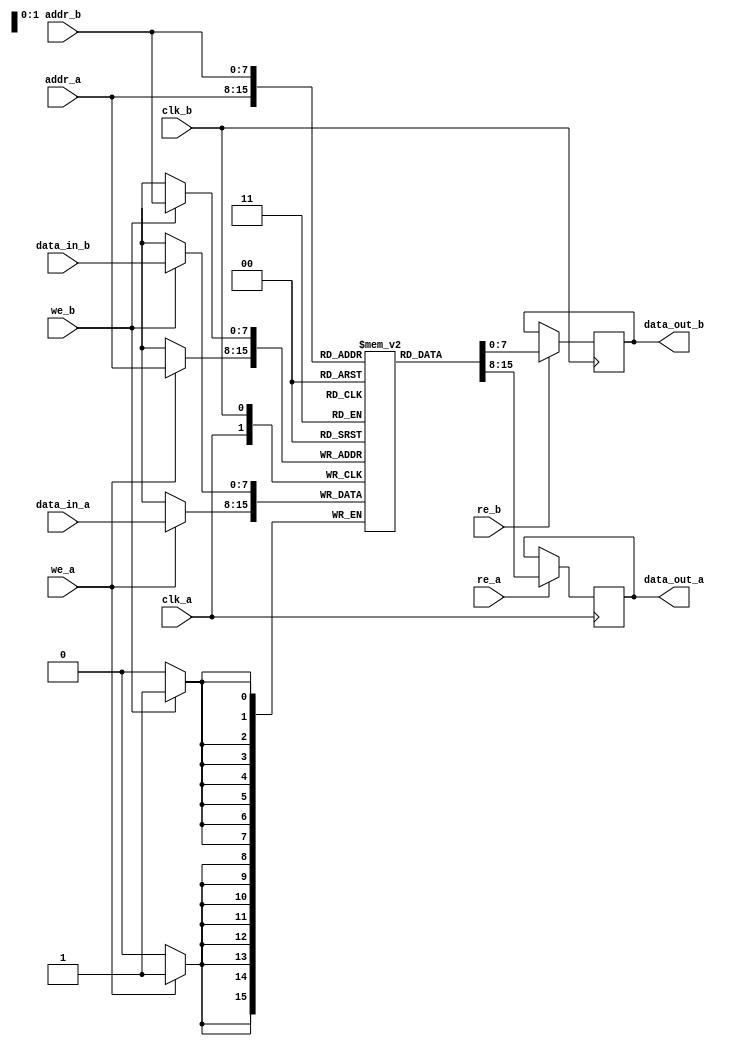
module dual_port_sram #(
    parameter DATA_WIDTH = 8,  // Width of data bus
    parameter ADDR_WIDTH = 8,  // Width of address bus
    parameter DEPTH = (1 << ADDR_WIDTH) // Depth of the SRAM (2^ADDR_WIDTH)
)(
    // Port A
    input  wire                  clk_a,
    input  wire [ADDR_WIDTH-1:0] addr_a,
    input  wire [DATA_WIDTH-1:0] data_in_a,
    input  wire                  we_a,  // Write Enable for Port A
    input  wire                  re_a,  // Read Enable for Port A
    output reg  [DATA_WIDTH-1:0] data_out_a,

    // Port B
    input  wire                  clk_b,
    input  wire [ADDR_WIDTH-1:0] addr_b,
    input  wire [DATA_WIDTH-1:0] data_in_b,
    input  wire                  we_b,  // Write Enable for Port B
    input  wire                  re_b,  // Read Enable for Port B
    output reg  [DATA_WIDTH-1:0] data_out_b
);

    // Memory array declaration
    reg [DATA_WIDTH-1:0] mem_array [0:DEPTH-1];

    // Port A operations
    always @(posedge clk_a) begin
        if (we_a) begin
            mem_array[addr_a] <= data_in_a; // Write operation
        end
        if (re_a) begin
            data_out_a <= mem_array[addr_a]; // Read operation
        end
    end

    // Port B operations
    always @(posedge clk_b) begin
        if (we_b) begin
            mem_array[addr_b] <= data_in_b; // Write operation
        end
        if (re_b) begin
            data_out_b <= mem_array[addr_b]; // Read operation
        end
    end

endmodule